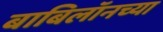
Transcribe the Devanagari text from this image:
बाबिलॉनच्या